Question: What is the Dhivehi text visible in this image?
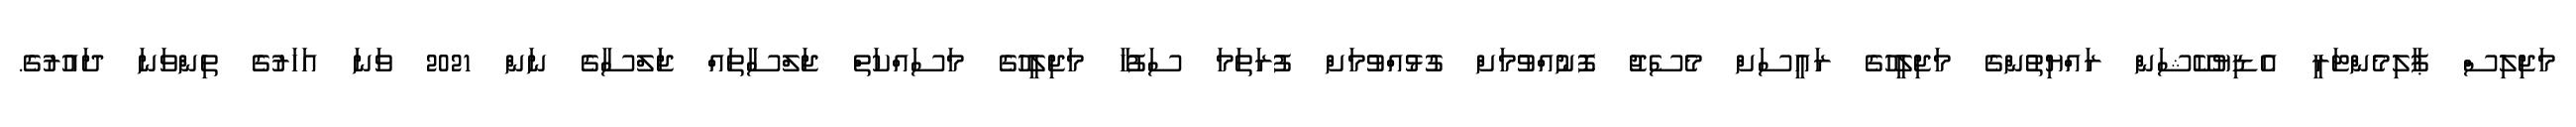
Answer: މަޖިލިސް ޕާލިމެންޓަރީ އެޑިޔުކޭޝަން ރައްޔިތުންގެ މަޖިލީހުގެ ރައީސަށް މެސެޖު ފޮނުއްވުމަށް ގުޅުއްވުމަށް ފުރަތަމަ ސަފުހާ މަޖިލީހުގެ މަސައްކަތް ޖަލްސާތައް ޖަލްސާގެ ނަން 2021 ވަނަ އަހަރުގެ ތިންވަނަ ދައުރުގެ.